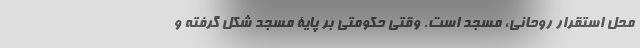
محل استقرار روحانی، مسجد است. وقتی حکومتی بر پایۀ مسجد شکل گرفته و